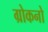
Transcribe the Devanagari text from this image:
ग्रोकनो